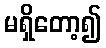
မရှိတော့၍